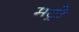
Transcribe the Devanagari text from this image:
मट्रो